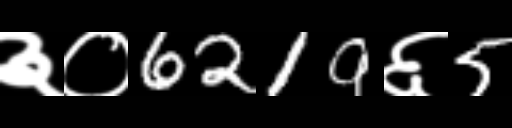
Text: ३०6219६5